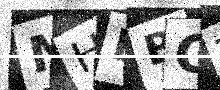
Text: MHLBGT